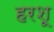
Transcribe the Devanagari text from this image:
हरशू